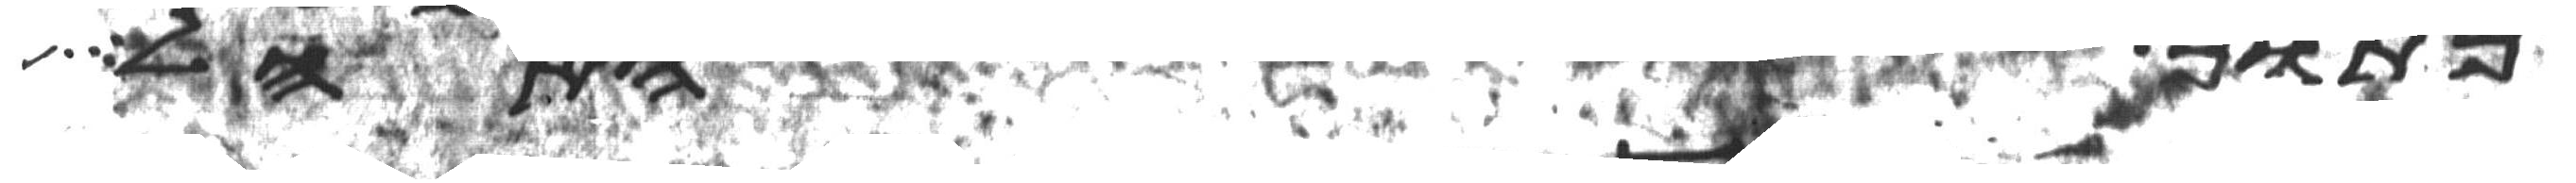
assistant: מתוך האהל